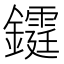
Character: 𨯊